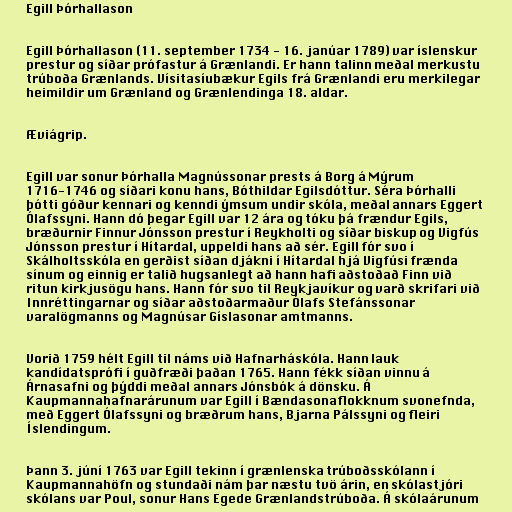
Egill Þórhallason

Egill Þórhallason (11. september 1734 - 16. janúar 1789) var íslenskur
prestur og síðar prófastur á Grænlandi. Er hann talinn meðal merkustu
trúboða Grænlands. Vísitasíubækur Egils frá Grænlandi eru merkilegar
heimildir um Grænland og Grænlendinga 18. aldar.

Æviágrip.

Egill var sonur Þórhalla Magnússonar prests á Borg á Mýrum
1716-1746 og síðari konu hans, Bóthildar Egilsdóttur. Séra Þórhalli
þótti góður kennari og kenndi ýmsum undir skóla, meðal annars Eggert
Ólafssyni. Hann dó þegar Egill var 12 ára og tóku þá frændur Egils,
bræðurnir Finnur Jónsson prestur í Reykholti og síðar biskup og Vigfús
Jónsson prestur í Hítardal, uppeldi hans að sér. Egill fór svo í
Skálholtsskóla en gerðist síðan djákni í Hítardal hjá Vigfúsi frænda
sínum og einnig er talið hugsanlegt að hann hafi aðstoðað Finn við
ritun kirkjusögu hans. Hann fór svo til Reykjavíkur og varð skrifari við
Innréttingarnar og síðar aðstoðarmaður Ólafs Stefánssonar
varalögmanns og Magnúsar Gíslasonar amtmanns.

Vorið 1759 hélt Egill til náms við Hafnarháskóla. Hann lauk
kandídatsprófi í guðfræði þaðan 1765. Hann fékk síðan vinnu á
Árnasafni og þýddi meðal annars Jónsbók á dönsku. Á
Kaupmannahafnarárunum var Egill í Bændasonaflokknum svonefnda,
með Eggert Ólafssyni og bræðrum hans, Bjarna Pálssyni og fleiri
Íslendingum.

Þann 3. júní 1763 var Egill tekinn í grænlenska trúboðsskólann í
Kaupmannahöfn og stundaði nám þar næstu tvö árin, en skólastjóri
skólans var Poul, sonur Hans Egede Grænlandstrúboða. Á skólaárunum